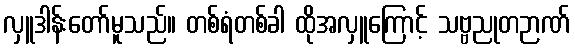
လှူဒါန်းတော်မူသည်။ တစ်ရံတစ်ခါ ထိုအလှူကြောင့် သဗ္ဗညုတဉာဏ်